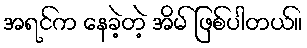
အရင်က နေခဲ့တဲ့ အိမ် ဖြစ်ပါတယ်။